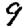
Digit: 9